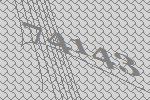
74143